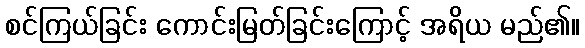
စင်ကြယ်ခြင်း ကောင်းမြတ်ခြင်းကြောင့် အရိယ မည်၏။